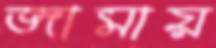
জামায়